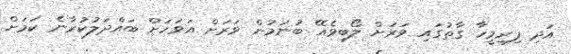
އަދި ފިރިމީހާ ގާތުގައި ވަރަށް ލޯބިވެއޭ ބުނަމުން ވަރަށް އަވަހަށް ބައްދަލުކުރާނެ ކަމަށް